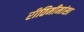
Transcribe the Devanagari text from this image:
रीतिमीमांसा